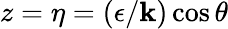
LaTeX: z=\eta=(\epsilon/\mathbf{k})\cos{\theta}